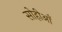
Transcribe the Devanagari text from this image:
सोहीआँ